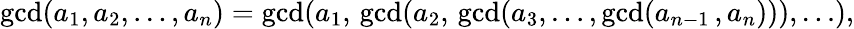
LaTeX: \operatorname*{gcd}(a_{1},a_{2},\dots,a_{n})=\operatorname*{gcd}(a_{1},\, \operatorname*{gcd}(a_{2},\, \operatorname*{gcd}(a_{3},\dots,\operatorname*{gcd}(a_{n-1}\, ,a_{n}))),\dots),